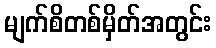
မျက်စိတစ်မှိတ်အတွင်း